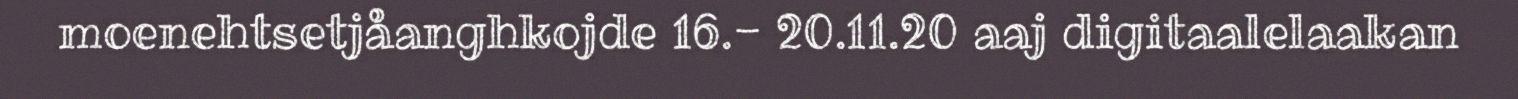
moenehtsetjåanghkojde 16.- 20.11.20 aaj digitaalelaakan